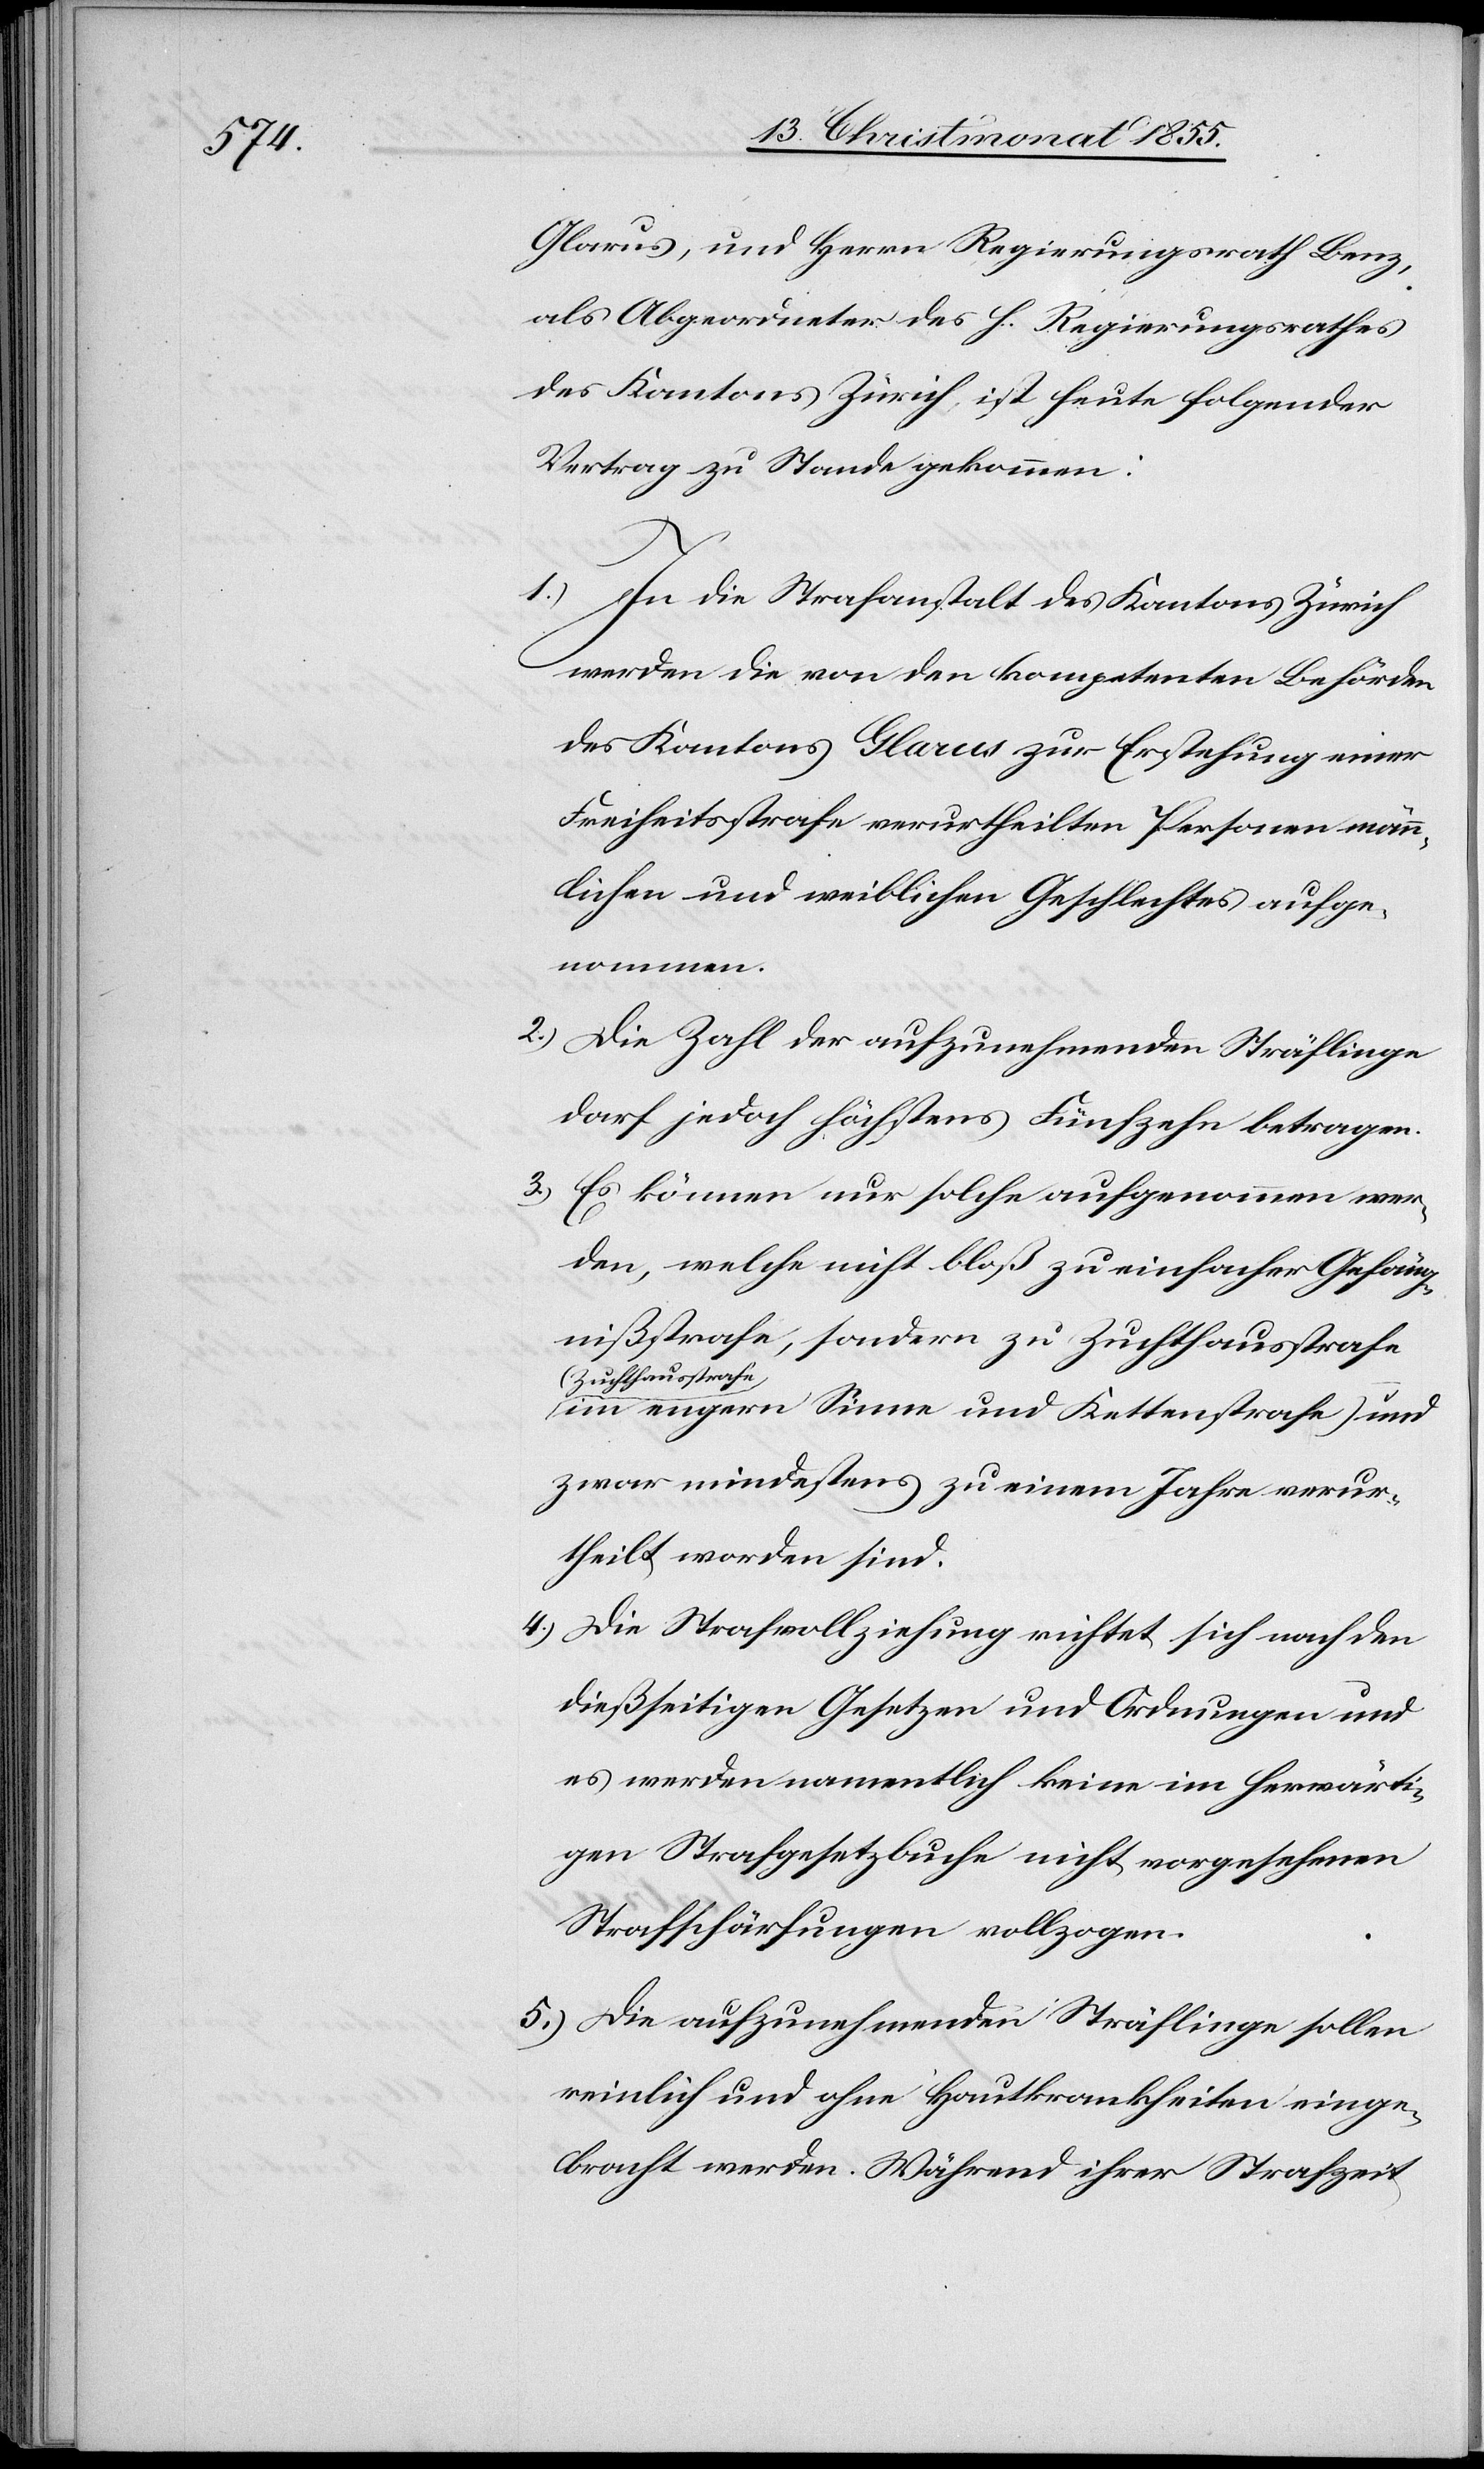
Glarus, und Herrn Regierungsrath Benz,
als Abgeordneter des h. Regierungsrathes
des Kantons Zürich, ist heute folgender
Vertrag zu Stande gekommen:
In die Strafanstalt des Kantons Zürich
werden die von den kompetenten Behörden
des Kantons Glarus zur Erstehung einer
Freiheitsstrafe verurtheilten Personen männ¬
lichen und weiblichen Geschlechtes aufge¬
nommen.
Die Zahl der aufzunehmenden Sträflinge
darf jedoch höchstens Fünfzehn betragen.
Es können nur solche aufgenommen wer¬
den, welche nicht bloß zu einfacher Gefäng¬
nißstrafe, sondern zu Zuchthausstrafe
(Zuchthausstrafe
im engern Sinne und Kettenstrafe) und
zwar mindestens zu einem Jahre verur¬
theilt worden sind.
Die Strafvollziehung richtet sich nach den
dießseitigen Gesetzen und Ordnungen und
es werden namentlich keine im herwärti¬
gen Strafgesetzbuche nicht vorgesehenen
Strafschärfungen vollzogen.
Die aufzunehmenden Sträflinge sollen
reinlich und ohne Hautkrankheiten einge¬
bracht werden. Während ihrer Strafzeit